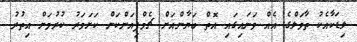
ލިޑަކާއެކު ތާވަލްގެ އެއް ވަނައިގައި އޮތް ބަޔާންއަށް ޗެމްޕިއަންކަން ކަށަވަރު ކުރުމަށް އިތުރު